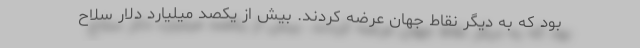
بود که به دیگر نقاط جهان عرضه کردند. بیش از یکصد میلیارد دلار سلاح